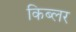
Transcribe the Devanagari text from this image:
किब्लर